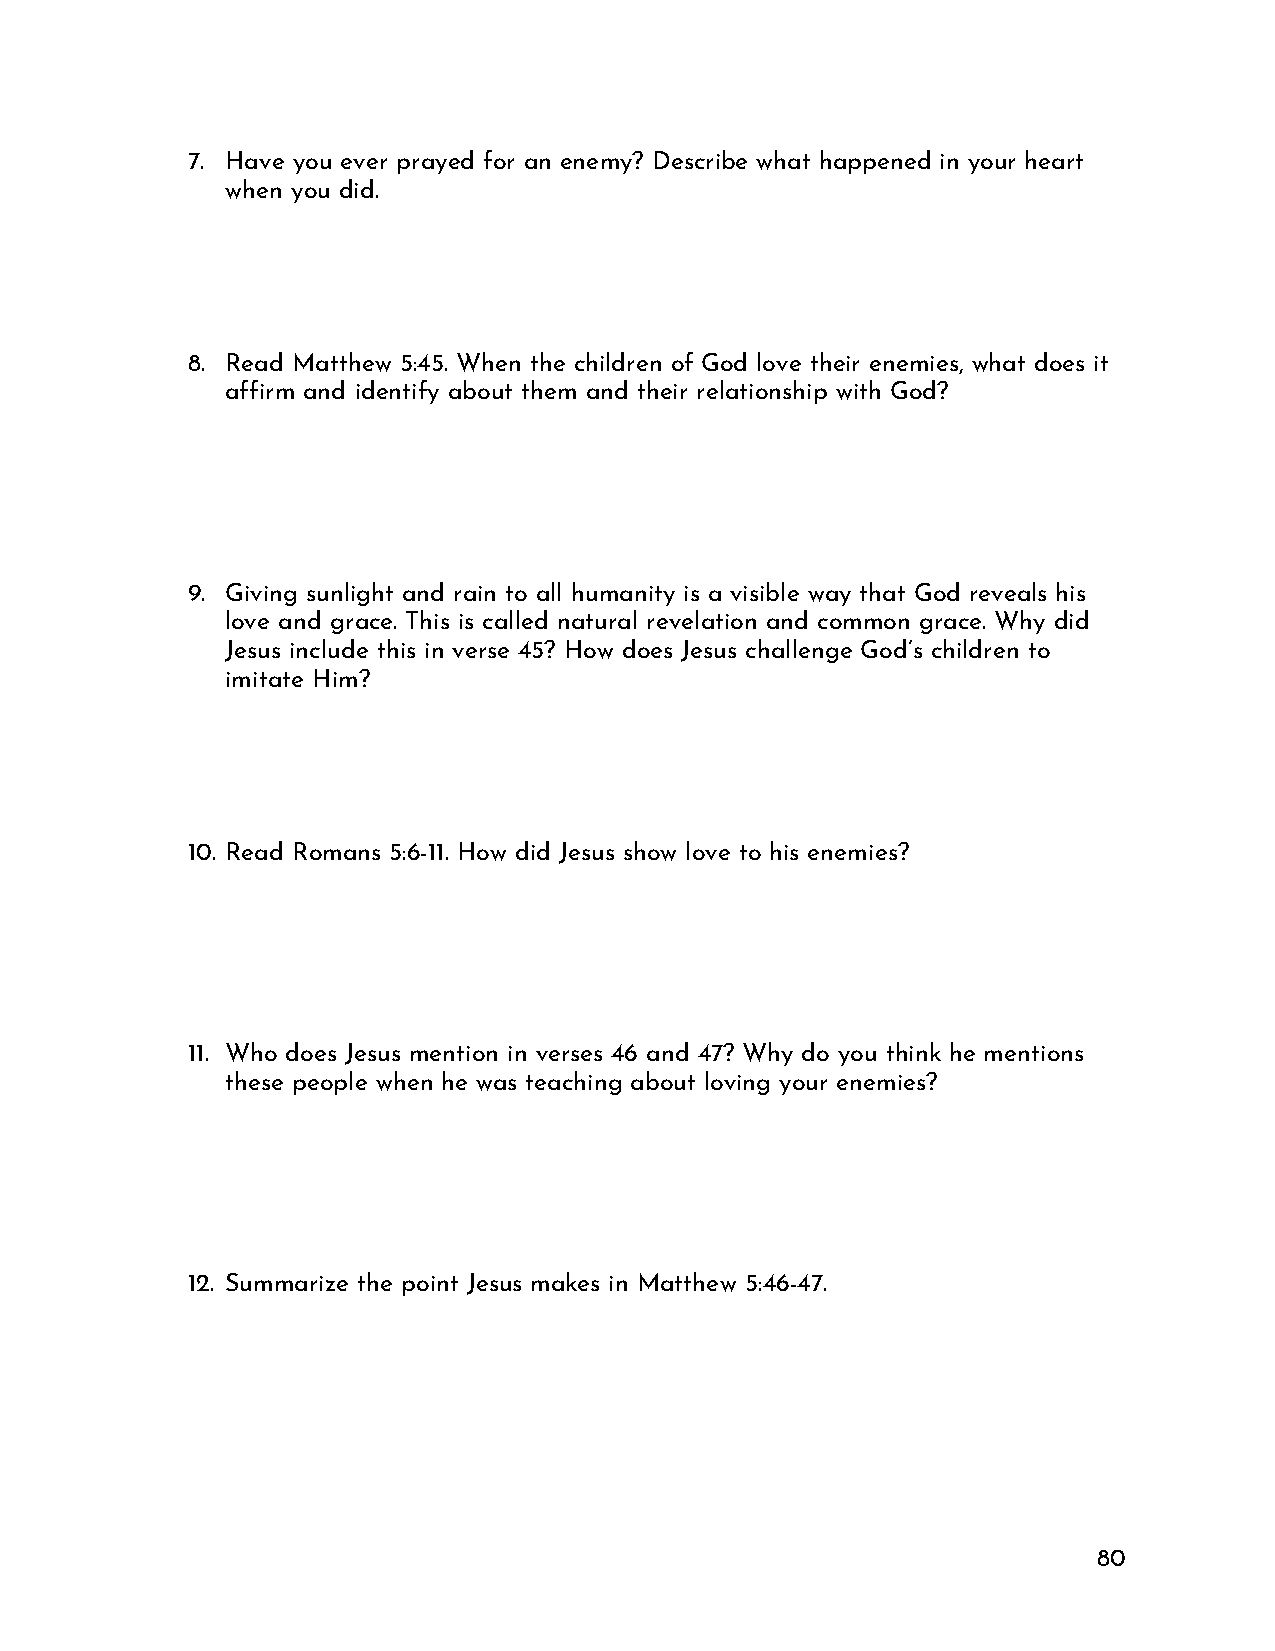
7. Have you ever prayed for an enemy? Describe what happened in your heart
 when you did.
 8. Read Matthew 5:45. When the children of God love their enemies, what does it
 affirm and identify about them and their relationship with God?
 9. Giving sunlight and rain to all humanity is a visible way that God reveals his
 love and grace. This is called natural revelation and common grace. Why did
 Jesus include this in verse 45? How does Jesus challenge God’s children to
 imitate Him?
 10. Read Romans 5:6-11. How did Jesus show love to his enemies?
 11. Who does Jesus mention in verses 46 and 47? Why do you think he mentions
 these people when he was teaching about loving your enemies?
 12. Summarize the point Jesus makes in Matthew 5:46-47.
 80